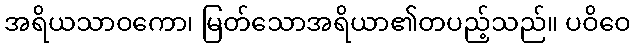
အရိယသာဝကော၊ မြတ်သောအရိယာ၏တပည့်သည်။ ပဝိဝေ